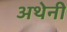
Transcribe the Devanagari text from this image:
अथेनी